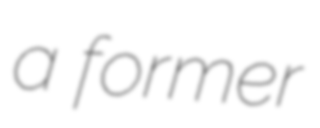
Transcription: a former